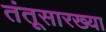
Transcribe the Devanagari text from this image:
तंतूसारख्या